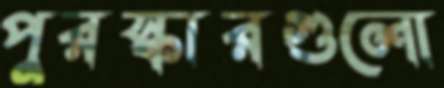
পুরস্কারগুলো